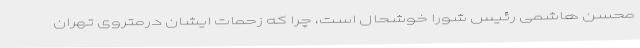
محسن هاشمی رئیس شورا خوشحال است، چرا که زحمات ایشان درمتروی تهران